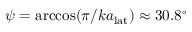
\psi = \operatorname { a r c c o s } ( \pi / k a _ { \mathrm { l a t } } ) \approx 3 0 . 8 ^ { \circ }